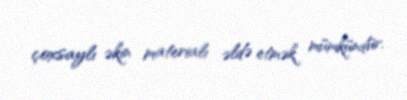
çoxsaylı əkin materialı əldə etmək mümkündür.